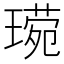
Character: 𬎈